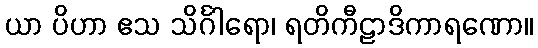
ယာ ပိဟာ ဧသ သိင်္ဂါရော၊ ရတိကီဠာဒိကာရဏော။